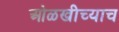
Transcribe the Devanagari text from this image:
ओळखीच्याच